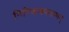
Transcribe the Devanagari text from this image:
गिरिजाकल्याणम्